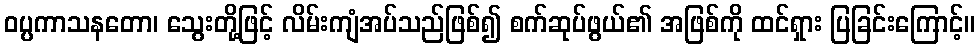
ဝပ္ပကာသနတော၊ သွေးတို့ဖြင့် လိမ်းကျံအပ်သည်ဖြစ်၍ စက်ဆုပ်ဖွယ်၏ အဖြစ်ကို ထင်ရှား ပြခြင်းကြောင့်။